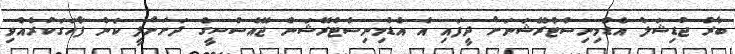
ބާރު ޖުޑިޝަލް އެޑްމިނިސްޓްރޭޝަނަށް ދީފައި އެ އެޑްމިނިސްޓްރޭޝަން ޖޭއެސްސީގެ ދަށަށްލީ ކަން ފާހަގަކުރެއްވި